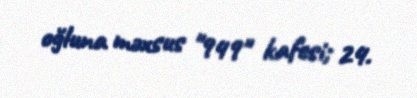
oğluna məxsus "949" kafesi; 24.